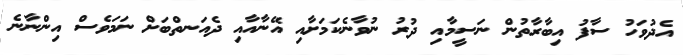
އެދުވަހު ސާފު އިބާރާތުން ނަސީމާއި ދުރު ނުވާނެކަމަށާއި އޭނާއާއި ދެއަނތްބަށް ނަމަވެސް އިންނާނެ